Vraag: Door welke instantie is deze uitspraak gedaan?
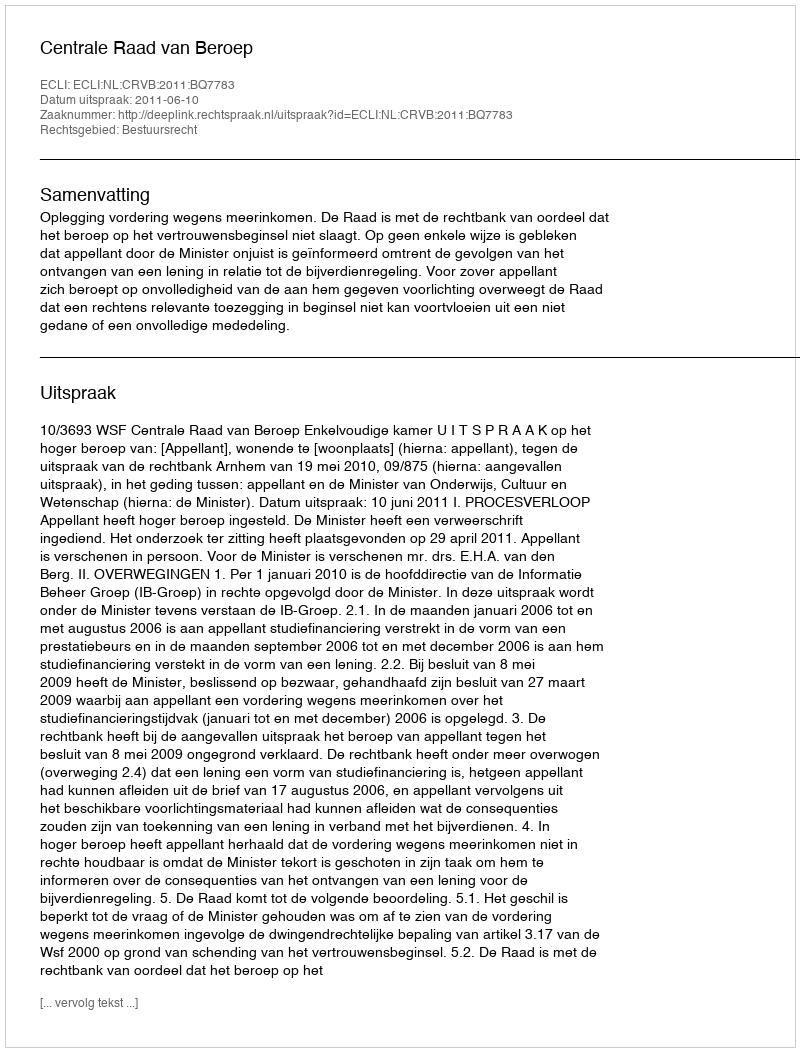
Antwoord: Centrale Raad van Beroep